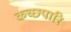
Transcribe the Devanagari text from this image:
कच्छपारि